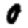
Digit: 0